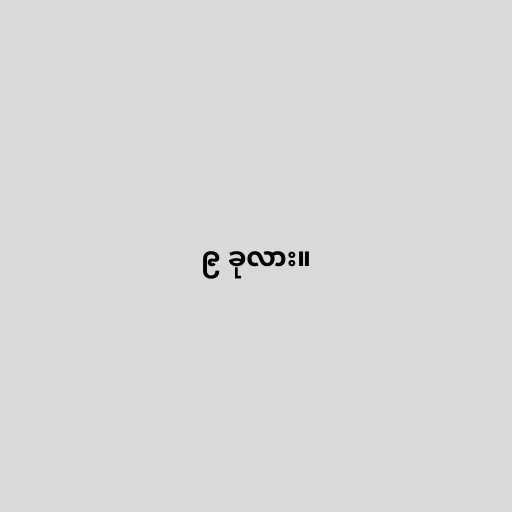
၉ ခုလား။